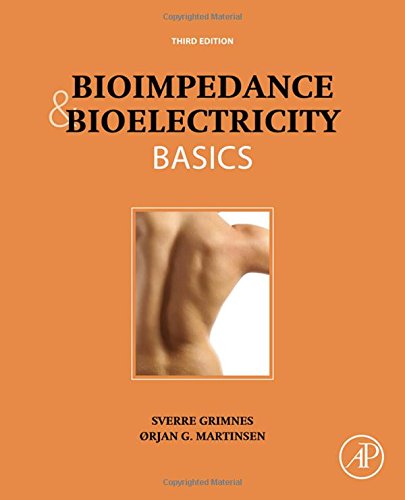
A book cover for Bioimpedance and Bioelectricity Basics, Third Edition; Sverre Grimnes; Science & Math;